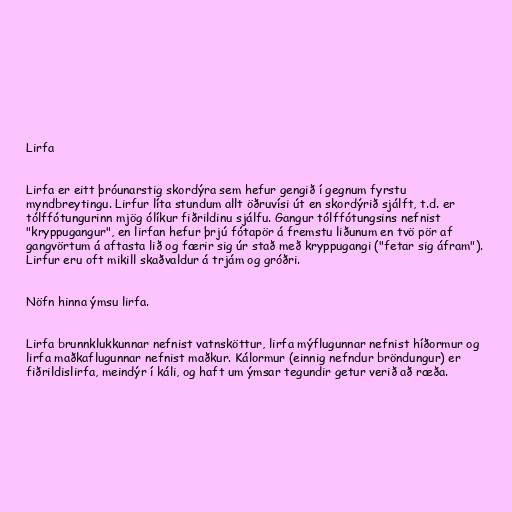
Lirfa

Lirfa er eitt þróunarstig skordýra sem hefur gengið í gegnum fyrstu
myndbreytingu. Lirfur líta stundum allt öðruvísi út en skordýrið sjálft, t.d. er
tólffótungurinn mjög ólíkur fiðrildinu sjálfu. Gangur tólffótungsins nefnist
"kryppugangur", en lirfan hefur þrjú fótapör á fremstu liðunum en tvö pör af
gangvörtum á aftasta lið og færir sig úr stað með kryppugangi ("fetar sig áfram").
Lirfur eru oft mikill skaðvaldur á trjám og gróðri.

Nöfn hinna ýmsu lirfa.

Lirfa brunnklukkunnar nefnist vatnsköttur, lirfa mýflugunnar nefnist híðormur og
lirfa maðkaflugunnar nefnist maðkur. Kálormur (einnig nefndur bröndungur) er
fiðrildislirfa, meindýr í káli, og haft um ýmsar tegundir getur verið að ræða.